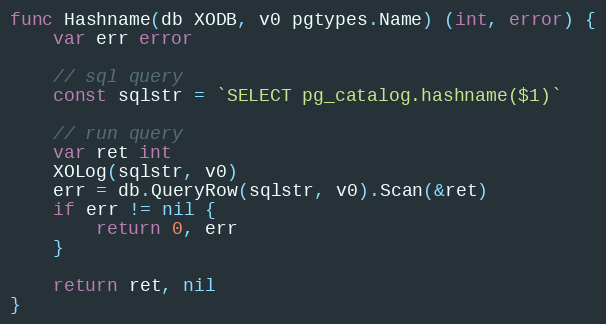
Language: Go
func Hashname(db XODB, v0 pgtypes.Name) (int, error) {
	var err error

	// sql query
	const sqlstr = `SELECT pg_catalog.hashname($1)`

	// run query
	var ret int
	XOLog(sqlstr, v0)
	err = db.QueryRow(sqlstr, v0).Scan(&ret)
	if err != nil {
		return 0, err
	}

	return ret, nil
}